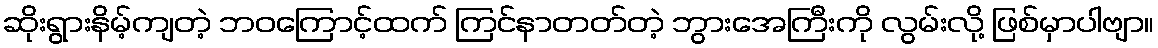
ဆိုးရွားနိမ့်ကျတဲ့ ဘဝကြောင့်ထက် ကြင်နာတတ်တဲ့ ဘွားအေကြီးကို လွမ်းလို့ ဖြစ်မှာပါဗျာ။